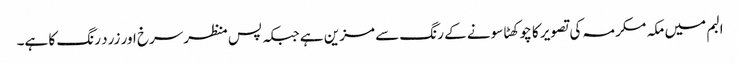
البم میں مکہ مکرمہ کی تصویر کا چوکھٹا سونے کے رنگ سے مزین ہے جبکہ پس منظرسرخ اور زرد رنگ کا ہے۔